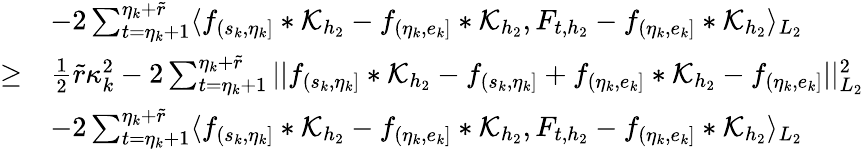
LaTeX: \begin{array}{rl}&{-2\sum_{t=\eta_{k}+1}^{\eta_{k}+\widetilde{r}}\langle f_{(s_{k},\eta_{k}]}\ast\mathcal{K}_{{h_{2}}}-f_{(\eta_{k},e_{k}]}\ast\mathcal{K}_{h_{2}},F_{t,{h_{2}}}-f_{(\eta_{k},e_{k}]}\ast\mathcal{K}_{h_{2}}\rangle_{L_{2}}}\\ {\geq}&{\frac{1}{2}\widetilde{r}\kappa_{k}^{2}-2\sum_{t=\eta_{k}+1}^{\eta_{k}+\widetilde{r}}\vert\vert f_{(s_{k},\eta_{k}]}\ast\mathcal{K}_{{h_{2}}}-f_{(s_{k},\eta_{k}]}+f_{(\eta_{k},e_{k}]}\ast\mathcal{K}_{h_{2}}-f_{(\eta_{k},e_{k}]}\vert\vert_{L_{2}}^{2}}\\ &{-2\sum_{t=\eta_{k}+1}^{\eta_{k}+\widetilde{r}}\langle f_{(s_{k},\eta_{k}]}\ast\mathcal{K}_{{h_{2}}}-f_{(\eta_{k},e_{k}]}\ast\mathcal{K}_{h_{2}},F_{t,{h_{2}}}-f_{(\eta_{k},e_{k}]}\ast\mathcal{K}_{h_{2}}\rangle_{L_{2}}}\end{array}